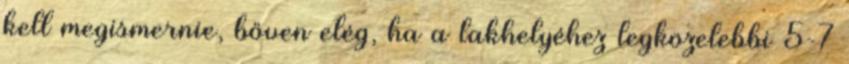
kell megismernie, bőven elég, ha a lakhelyéhez legközelebbi 5-7